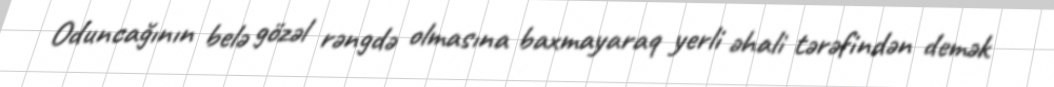
Oduncağının belə gözəl rəngdə olmasına baxmayaraq yerli əhali tərəfindən demək